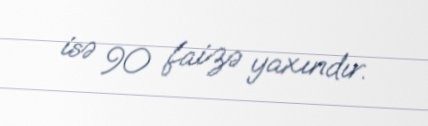
isə 90 faizə yaxındır.